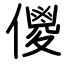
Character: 儍